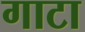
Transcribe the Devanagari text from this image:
गाटा